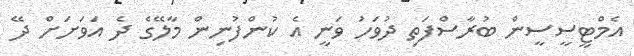
އެމްޓީސީސީން ބުރާސްފަތި ދުވަހު ވަނީ އެ ކުންފުނިން މާލޭގެ ދެ އަވަށަށް ދޭ